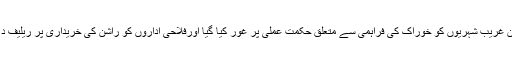
ذرائع کے مطابق اس دوران غریب شہریوں کو خوراک کی فراہمی سے متعلق حکمت عملی پر غور کیا گیا اورفلاحی اداروں کو راشن کی خریداری پر ریلیف د ینے پر بات چیت کی گئی۔